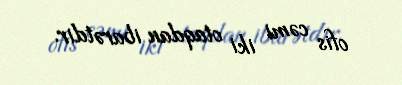
ofis cəmi iki otaqdan ibarətdir.